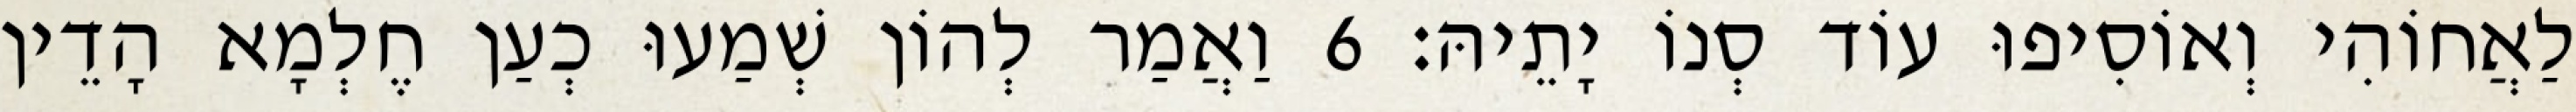
לַאֲחוֹהִי וְאוֹסִיפוּ עוֹד סְנוֹ יָתֵיהּ׃ 6 וַאֲמַר לְהוֹן שְׁמַעוּ כְעַן חֶלְמָא הָדֵין